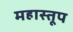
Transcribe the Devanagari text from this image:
महास्तूप